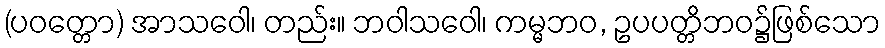
(ပဝတ္တော) အာသဝေါ၊ တည်း။ ဘဝါသဝေါ၊ ကမ္မဘဝ, ဥပပတ္တိဘဝ၌ဖြစ်သော